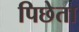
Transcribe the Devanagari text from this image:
पिछेता